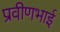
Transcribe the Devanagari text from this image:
प्रवीणभाई